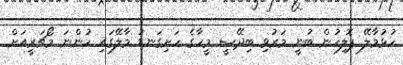
ހުޅުމާލޭ ޕޮލިހުން ބުނީ މަރުވި ބިދޭސީ މީހާގެ ހަށިގަނޑު މާލޭގައި ހުންނަ މޯޗަރީއަށް